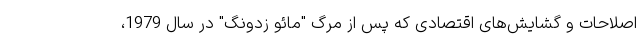
اصلاحات و گشایش‌های اقتصادی که پس از مرگ "مائو زدونگ" در سال 1979،